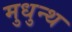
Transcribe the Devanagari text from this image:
मुधुन्थ